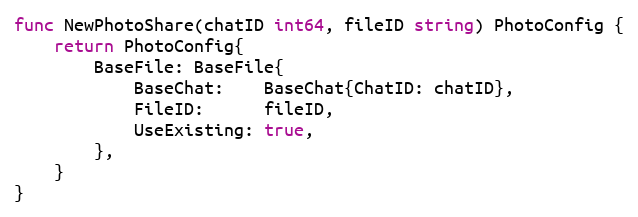
Language: Go
func NewPhotoShare(chatID int64, fileID string) PhotoConfig {
	return PhotoConfig{
		BaseFile: BaseFile{
			BaseChat:    BaseChat{ChatID: chatID},
			FileID:      fileID,
			UseExisting: true,
		},
	}
}